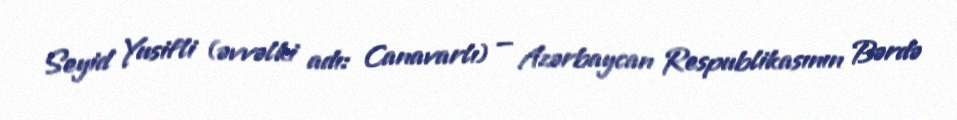
Seyid Yusifli (əvvəlki adı: Canavarlı) — Azərbaycan Respublikasının Bərdə